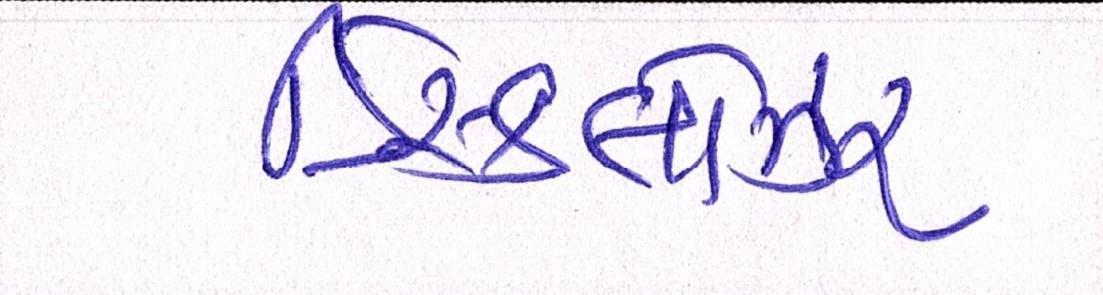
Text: ડિસ્કલોઝર